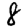
Digit: 8